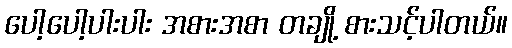
ပေါ့ပေါ့ပါးပါး အစားအစာ တချို့ စားသင့်ပါတယ်။